Annual report of the Punjab Veterinary College and of the Civil Veterinary Department, Punjab - 1926-1932
Year: 1926
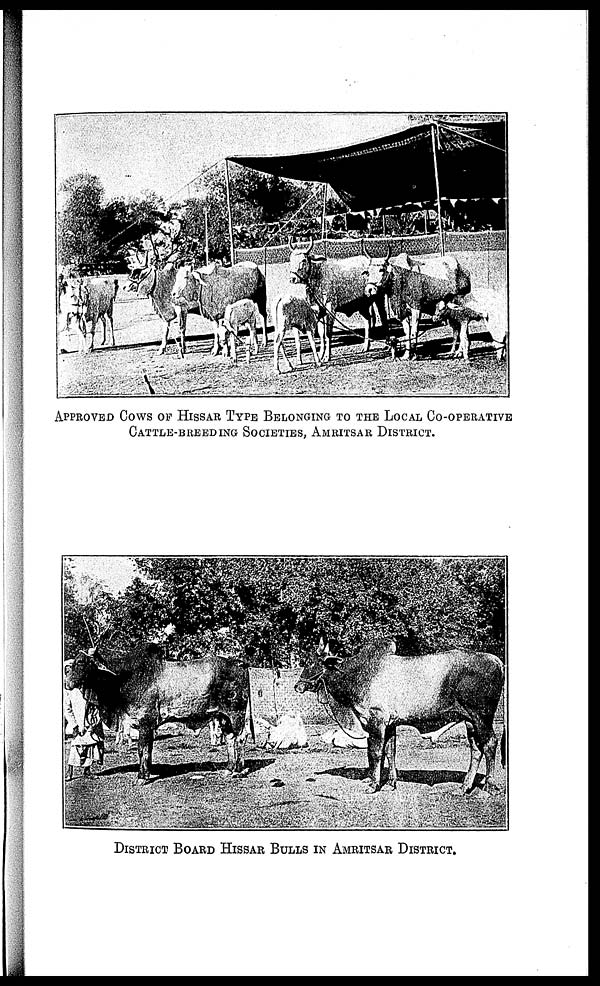
APPROVED COWS OF HISSAR TYPE BELONGING TO THE LOCAL CO-OPERATIVE
CATTLE-BREEDING SOCIETIES, AMRITSAR DISTRICTS.
DISTRICT BOARD HISSAR BULLLS IN AMRITSAR DISTRICTS.